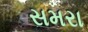
સમરા